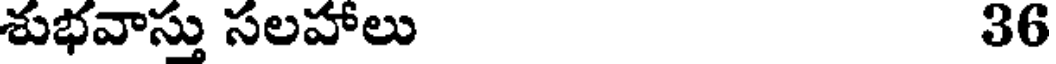
శుభవాస్తు సలహాలు 36